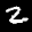
Label: 2